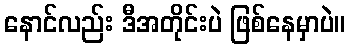
နောင်လည်း ဒီအတိုင်းပဲ ဖြစ်နေမှာပဲ။